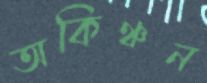
অকিঞ্চন